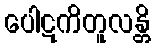
ပေါဋကိတူလန္တိ